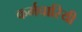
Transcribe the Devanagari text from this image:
कर्मचारियी